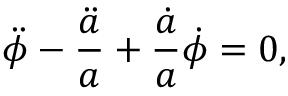
\ddot { \phi } - \frac { \ddot { a } } { a } + \frac { \dot { a } } { a } \dot { \phi } = 0 ,